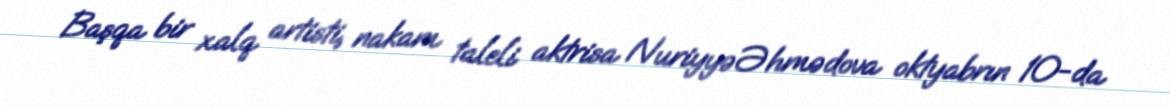
Başqa bir xalq artisti, nakam taleli aktrisa Nuriyyə Əhmədova oktyabrın 10-da